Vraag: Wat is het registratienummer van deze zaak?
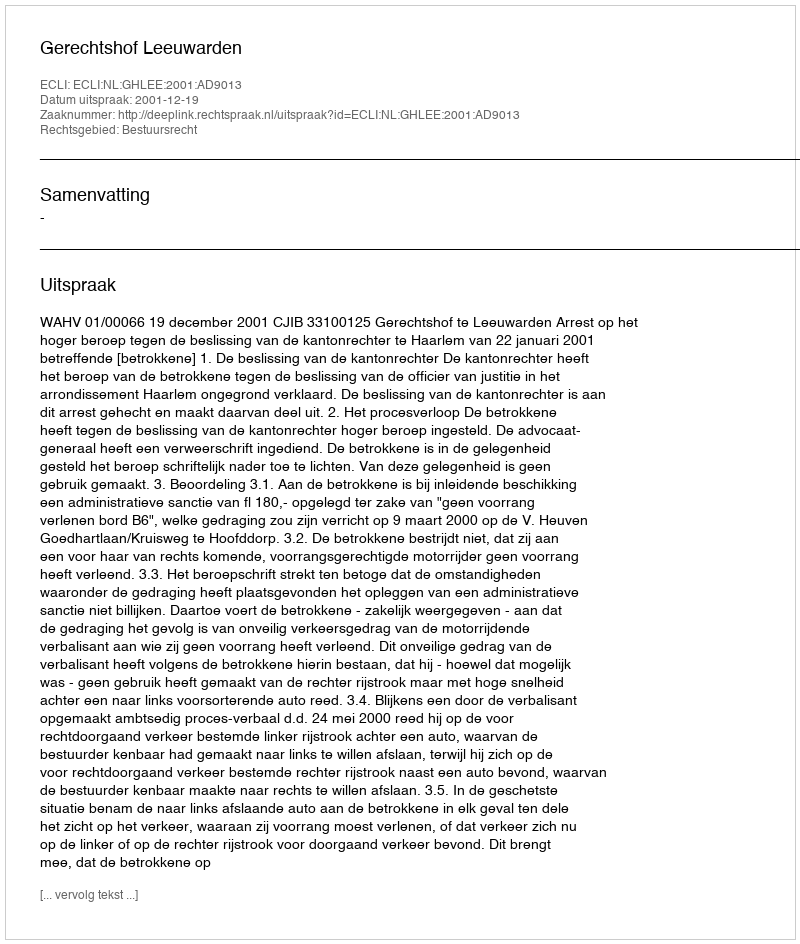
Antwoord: http://deeplink.rechtspraak.nl/uitspraak?id=ECLI:NL:GHLEE:2001:AD9013